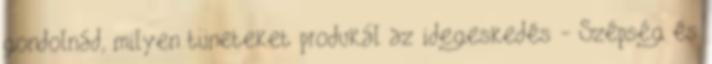
gondolnád, milyen tüneteket produkál az idegeskedés - Szépség és